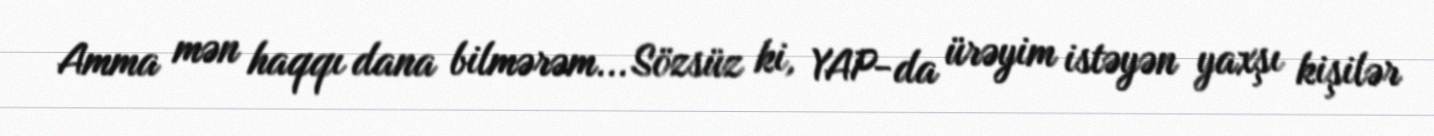
Amma mən haqqı dana bilmərəm... Sözsüz ki, YAP-da ürəyim istəyən yaxşı kişilər